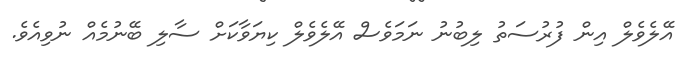
އޭލެވެލް އިން ފުރުސަތު ލިބުނު ނަމަވެސް އޭލެވެލް ކިޔަވާކަށް ސާލި ބޭނުމެއް ނުވިއެވެ.